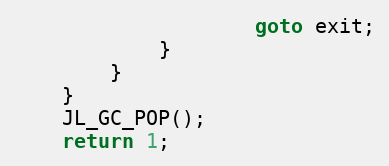
Language: C
                    goto exit;
            }
        }
    }
    JL_GC_POP();
    return 1;